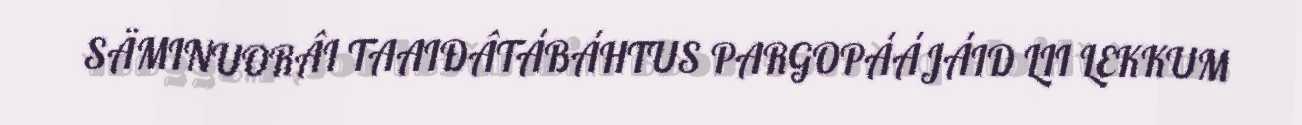
SÄMINUORÂI TAAIĐÂTÁBÁHTUS PARGOPÁÁJÁID LII LEKKUM